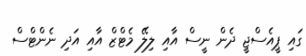
ގައި ޕީއެސްޖީ ދެން ނީސް އާއި ލިލޭ މެޓްޒް އާއި އަދި ނެންޓްސް